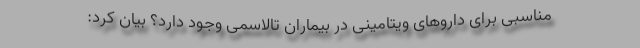
مناسبی برای داروهای ویتامینی در بیماران تالاسمی وجود دارد؟ بیان کرد: